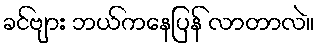
ခင်ဗျား ဘယ်ကနေပြန် လာတာလဲ။